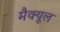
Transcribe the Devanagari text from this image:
मैक्यूल